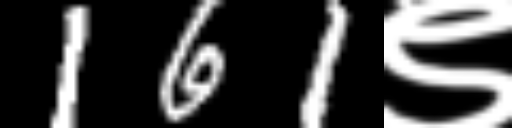
Text: 161९